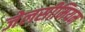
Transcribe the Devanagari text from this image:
जेलसीमियम